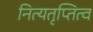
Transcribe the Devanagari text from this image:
नित्यतृप्तित्व